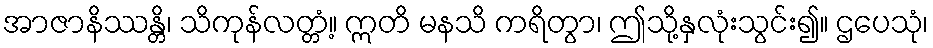
အာဇာနိဿန္တိ၊ သိကုန်လတ္တံ့။ ဣတိ မနသိ ကရိတွာ၊ ဤသို့နှလုံးသွင်း၍။ ဌပေသုံ၊